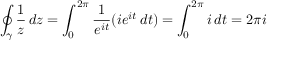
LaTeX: \oint _ { \gamma } { \frac { 1 } { z } } \, d z = \int _ { 0 } ^ { 2 \pi } { \frac { 1 } { e ^ { i t } } } ( i e ^ { i t } \, d t ) = \int _ { 0 } ^ { 2 \pi } i \, d t = 2 \pi i